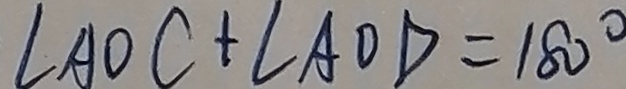
\angle A O C + \angle A O D = 1 8 0 ^ { \circ }